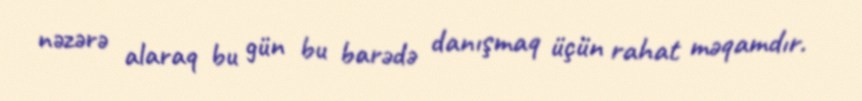
nəzərə alaraq bu gün bu barədə danışmaq üçün rahat məqamdır.